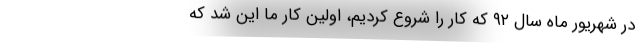
در شهریور ماه سال ۹۲ که کار را شروع کردیم، اولین کار ما این شد که